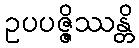
ဥပပဇ္ဇိဿန္တိ